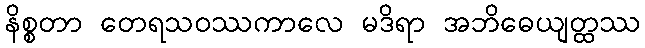
နိစ္စတာ တေရသဝဿကာလေ မဒိရာ အဘိဓေယျတ္ထဿ